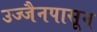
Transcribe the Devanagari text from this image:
उज्जैनपासून